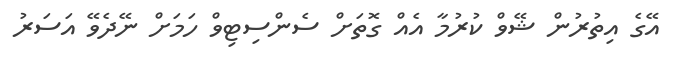
އޭގެ އިތުރުން ޝޭވް ކުރުމާ އެއް ގޮތަށް ސެންސިޓިވް ހަމަށް ނޭދެވޭ އަސަރު